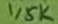
Text: 1,5K